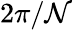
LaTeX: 2\pi/\mathcal{N}